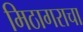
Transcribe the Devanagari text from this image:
मिठागराचा